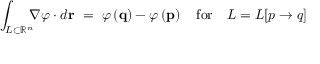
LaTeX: \int _ { L \subset \mathbb { R } ^ { n } } \! \! \! \nabla \varphi \cdot d \mathbf { r } \ = \ \varphi \left( \mathbf { q } \right) - \varphi \left( \mathbf { p } \right) \ \ { \mathrm { ~ f o r ~ } } \ \ L = L [ p \to q ]